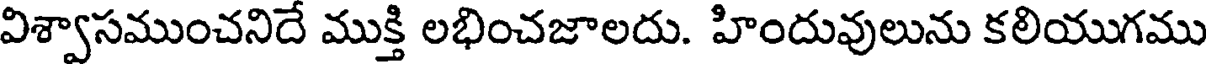
విశ్వాసముంచనిదే ముక్తి లభించజాలదు. హిందువులును కలియుగము